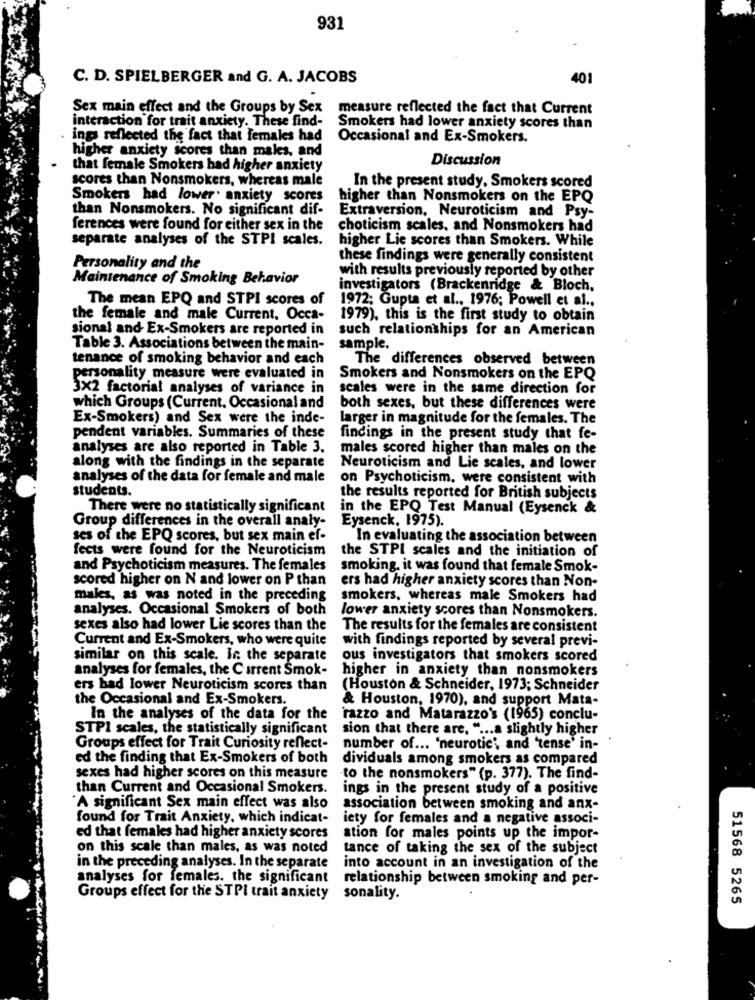
931
C. D. SPIELBERGER and G. A. JACOBS
40
Sex main effect and the Groups by Sex measure reflected the fact that Current
interaction for trait anxiety. These find-
Smokers had lower anxiety scores than
ings reflected the fact that females had Occasional and Ex-Smokers.
higher anxiety scores than makes, and
Discussion
that female Smokers had higher anxiety
scores than Nonsmokers, whereas male
In the present study. Smokers scored
Smokers had lower. anxiety scores
higher than Nonsmokers on the EPQ
than Nonsmokers. No significant dif-
Extraversion, Neuroticism and Psy-
ferences were found for either sex in the
choticism scales, and Nonsmokers had
separate analyses of the STPI scales.
higher Lie scores than Smokers. While
these findings were generally consistent
Personality and the
with results previously reported by other
Maintenance of Smoking Behavior
investigators (Brackenridge & Bloch,
The mean EPQ and STPI scores of
1972; Gupta et al ., 1976; Powell et al .,
the female and male Current, Occa-
1979), this is the first study to obtain
sional and Ex-Smokers are reported in
such relationships for an American
Table 3. Associations between the main-
sample.
tenance of smoking behavior and each
The differences observed between
personality measure were evaluated in
Smokers and Nonsmokers on the EPQ
3X2 factorial analyses of variance in
scales were in the same direction for
which Groups (Current. Occasional and
both sexes, but these differences were
Ex-Smokers) and Sex were the inde-
larger in magnitude for the females. The
pendent variables. Summaries of these
findings in the present study that fe-
analyses are also reported in Table 3.
males scored higher than males on the
along with the findings in the separate
Neuroticism and Lie scales, and lower
analyses of the data for female and male
on Psychoticism, were consistent with
students.
the results reported for British subjects
There were no statistically significant
in the EPQ Test Manual (Eysenck &
Group differences in the overall analy-
Eysenck, 1975).
ses of the EPQ scores, but sex main ef-
In evaluating the association between
fects were found for the Neuroticism
the STPI scales and the initiation of
and Psychoticism measures. The females
smoking, it was found that female Smok-
scored higher on N and lower on P than
ers had higher anxiety scores than Non-
males, as was noted in the preceding
smokers, whereas male Smokers had
analyses. Occasional Smokers of both
lower anxiety scores than Nonsmokers.
sexes also had lower Lie scores than the
The results for the females are consistent
Current and Ex-Smokers, who were quite
with findings reported by several previ-
similar on this scale. In the separate
ous investigators that smokers scored
analyses for females, the Current Smok-
higher in anxiety than nonsmokers
ers had lower Neuroticism scores than
(Houston & Schneider, 1973; Schneider
the Occasional and Ex-Smokers.
& Houston, 1970), and support Mata-
In the analyses of the data for the
razzo and Matarazzo's (1965) conclu-
STPI scales, the statistically significant
sion that there are, " ... a slightly higher
Groups effect for Trait Curiosity reflect-
number of ... 'neurotic' and 'tense' in-
ed the finding that Ex-Smokers of both
dividuals among smokers as compared
sexes had higher scores on this measure
to the nonsmokers" (p. 377). The find-
than Current and Occasional Smokers.
ings in the present study of a positive
A significant Sex main effect was also
association between smoking and anx-
found for Trait Anxiety, which indicat-
iety for females and a negative associ-
ed that females had higher anxiety scores
ation for males points up the impor-
on this scale than males, as was noted
tance of taking the sex of the subject
in the preceding analyses. In the separate
into account in an investigation of the
analyses for females. the significant
relationship between smoking and per-
Groups effect for the STPI trait anxiety
sonality.
51568 5265